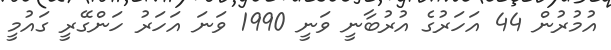
އުމުރުން 44 އަހަރުގެ އުރުބާނީ ވަނީ 1990 ވަނަ އަހަރު ހަންގޭރީ ގައުމީ